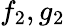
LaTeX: f_{2},g_{2}